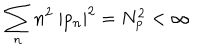
\sum _ { n } n ^ { 2 } ~ | p _ { n } | ^ { 2 } = N _ { p } ^ { 2 } < \infty